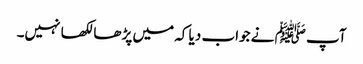
آپ ﷺ نے جواب دیا کہ میں پڑھا لکھا نہیں۔